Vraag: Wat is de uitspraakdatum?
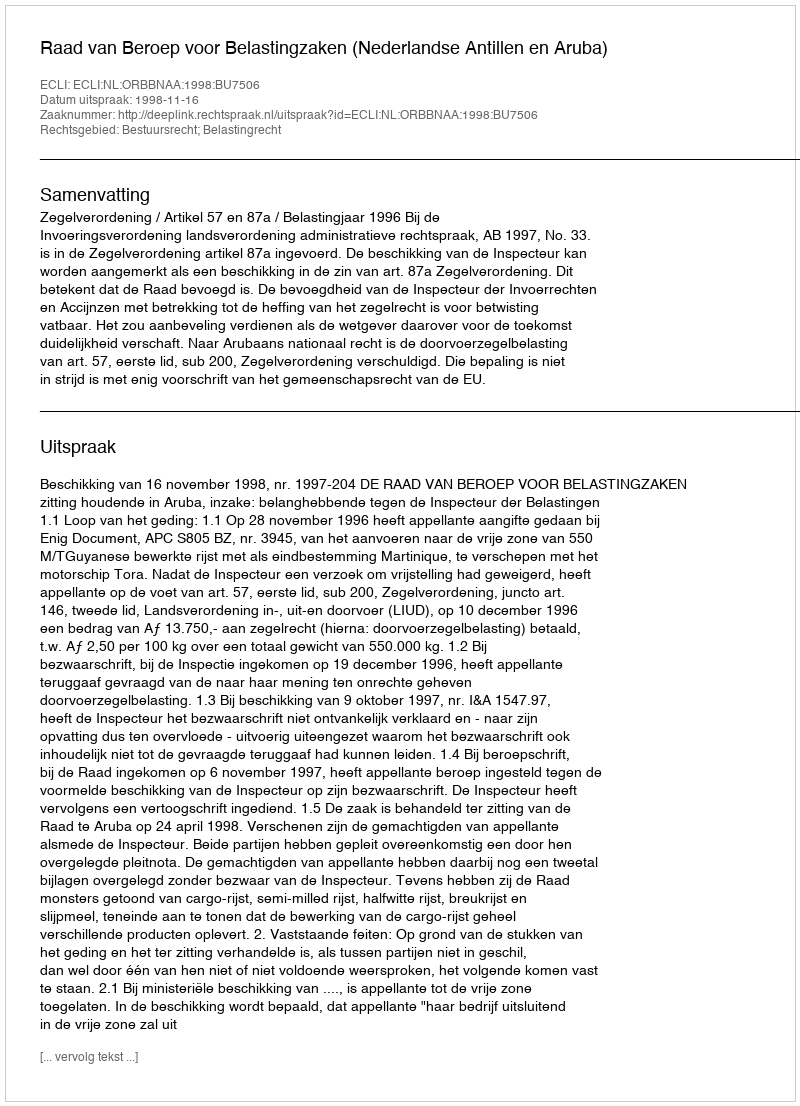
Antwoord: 1998-11-16